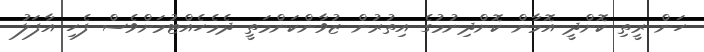
ހަން ރީތި ކޮށްދީ އޮމާން ކޮށްދިނުމުގެ އިތުރުން ޒުވާންކަންމަތީ ދެމެހެއްޓުމަށްވެސް ފެހި އާފަލު